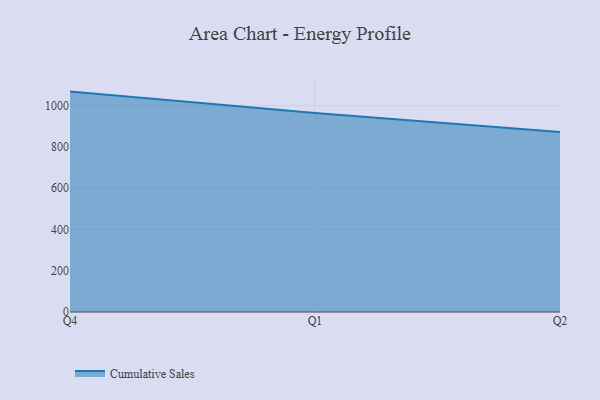
{"axis": {"x": "Quarter", "y": "Production Output"}, "legend": ["Cumulative Sales"], "data": [{"x": "Q4", "y": 1068.4, "type": "Cumulative Sales"}, {"x": "Q1", "y": 965.2, "type": "Cumulative Sales"}, {"x": "Q2", "y": 872.6, "type": "Cumulative Sales"}]}